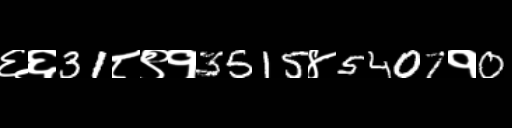
Text: ६६31८९१3515४5407१0